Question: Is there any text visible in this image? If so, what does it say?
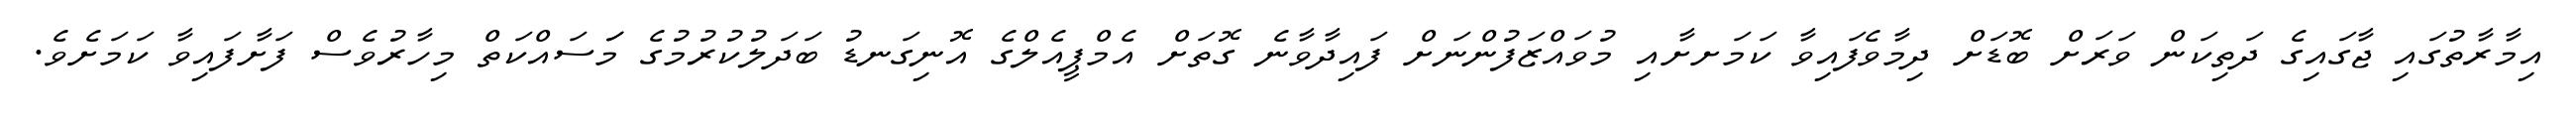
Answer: އިމާރާތުގައި ޖާގައިގެ ދަތިކަން ވަރަށް ބޮޑަށް ދިމާވެފައިވާ ކަމަށށާއި މުވައްޒަފުންނަށް ފައިދާވާނެ ގޮތަށް އެމްޕީއެލްގެ އޮނިގަނޑު ބަދަލުކުރުމުގެ މަަސައްކަތް މިހާރުވެސް ފަށާފައިވާ ކަމަށެވެ.